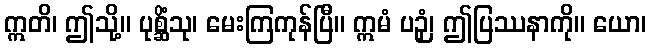
ဣတိ၊ ဤသို့။ ပုစ္ဆိံသု၊ မေးကြကုန်ပြီ။ ဣမံ ပဉှံ၊ ဤပြဿနာကို။ ယော၊